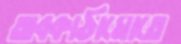
অবকাঠামোতে